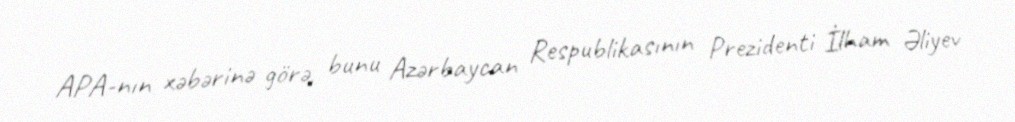
APA-nın xəbərinə görə, bunu Azərbaycan Respublikasının Prezidenti İlham Əliyev